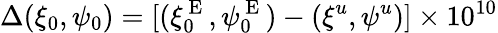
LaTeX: \Delta(\xi_{0},\psi_{0})=[(\xi_{0}^{\mathrm{~E~}},\psi_{0}^{\mathrm{~E~}})-(\xi^{u},\psi^{u})]\times 10^{10}